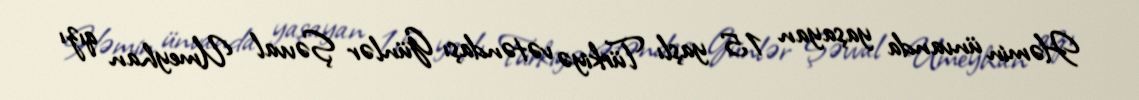
Həmin ünvanda yaşayan 15 yaşlı Türkiyə vətəndaşı Günlər Şəvval Umeyhan qızı